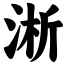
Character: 淅